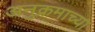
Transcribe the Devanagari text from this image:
अनुक्रमाच्या